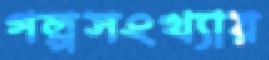
গল্পসংখ্যায়